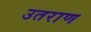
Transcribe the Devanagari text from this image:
उतराण